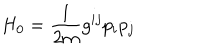
H _ { 0 } = \frac { 1 } { 2 m } g ^ { i j } p _ { i } p _ { j }